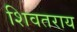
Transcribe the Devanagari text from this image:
शिवतराय